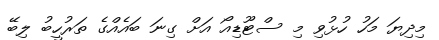
މިދިޔަ މަހު ހުޅުވި މި ސްޓޫޑިއޯ އަށް ގިނަ ބައެއްގެ ތަރުހީބު ލިބޭ